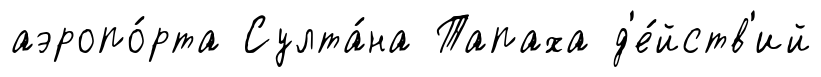
аэропо́рта Султа́на Тапаха д'е́йств'ий